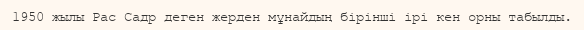
1950 жылы Рас Садр деген жерден мұнайдың бірінші ірі кен орны табылды.